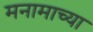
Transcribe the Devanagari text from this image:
मनामाच्या